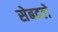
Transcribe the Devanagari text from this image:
सेबदले